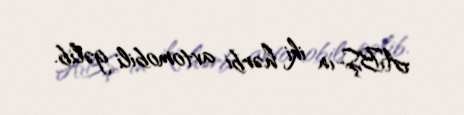
ABŞ-ın iki hərbi avtomobili gəlib.